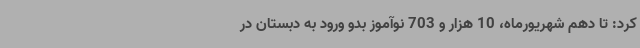
کرد: تا دهم شهریورماه، 10 هزار و 703 نوآموز بدو ورود به دبستان در